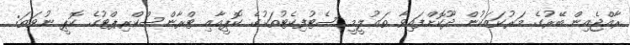
ރާއްޖެއިން ބޭރުގެ މަރުކަޒަކުން ދޫކޮށްފައިވާ ތަޢުލީމީ ސެޓުފިކެޓުތަކުގެ ކޮޕީއާއި ޓްރާންސްކްރިޕްޓުގެ ކޮޕީ ނުވަތަ: